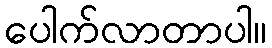
ပေါက်လာတာပါ။